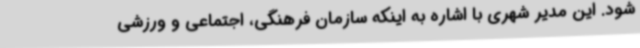
شود. این مدیر شهری با اشاره به اینکه سازمان فرهنگی، اجتماعی و ورزشی